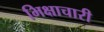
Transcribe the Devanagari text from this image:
भिक्षाचारी